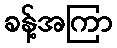
ခန့်အကြာ